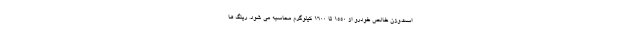
است.وزن خالص خودرو از 1550 تا 1600 کیلوگرم محاسبه می شود. رینگ ها